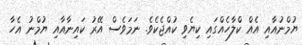
ޔުމްނުއާއި އެއް ކްލާހެއްގައި ކިޔެވި ކުއްޖެކެވެ. ނަމަވެސް އޭރު ކައިނާއާއި ޔުމްނު އެހާ